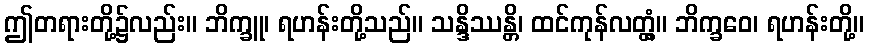
ဤတရားတို့၌လည်း။ ဘိက္ခူ၊ ရဟန်းတို့သည်။ သန္ဒိဿန္တိ၊ ထင်ကုန်လတ္တံ့။ ဘိက္ခဝေ၊ ရဟန်းတို့။